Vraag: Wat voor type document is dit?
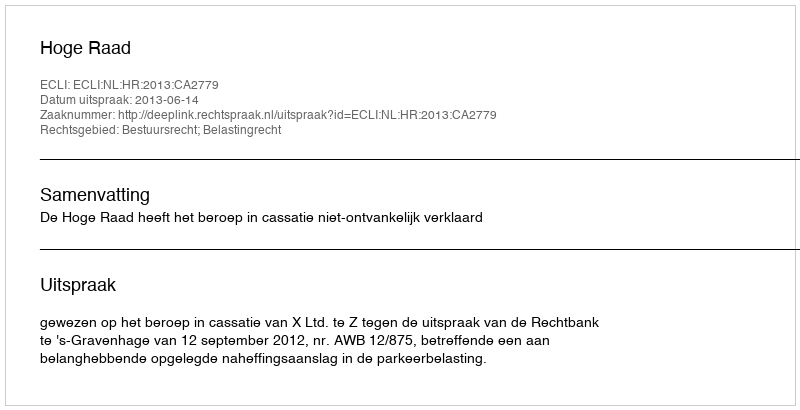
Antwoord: Uitspraak